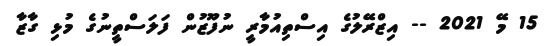
15 މޭ 2021 -- އިޒްރޭލުގެ އިސްތިއުމާރީ ނުފޫޒުން ފަލަސްތީނުގެ މުޅި ގާޒާ